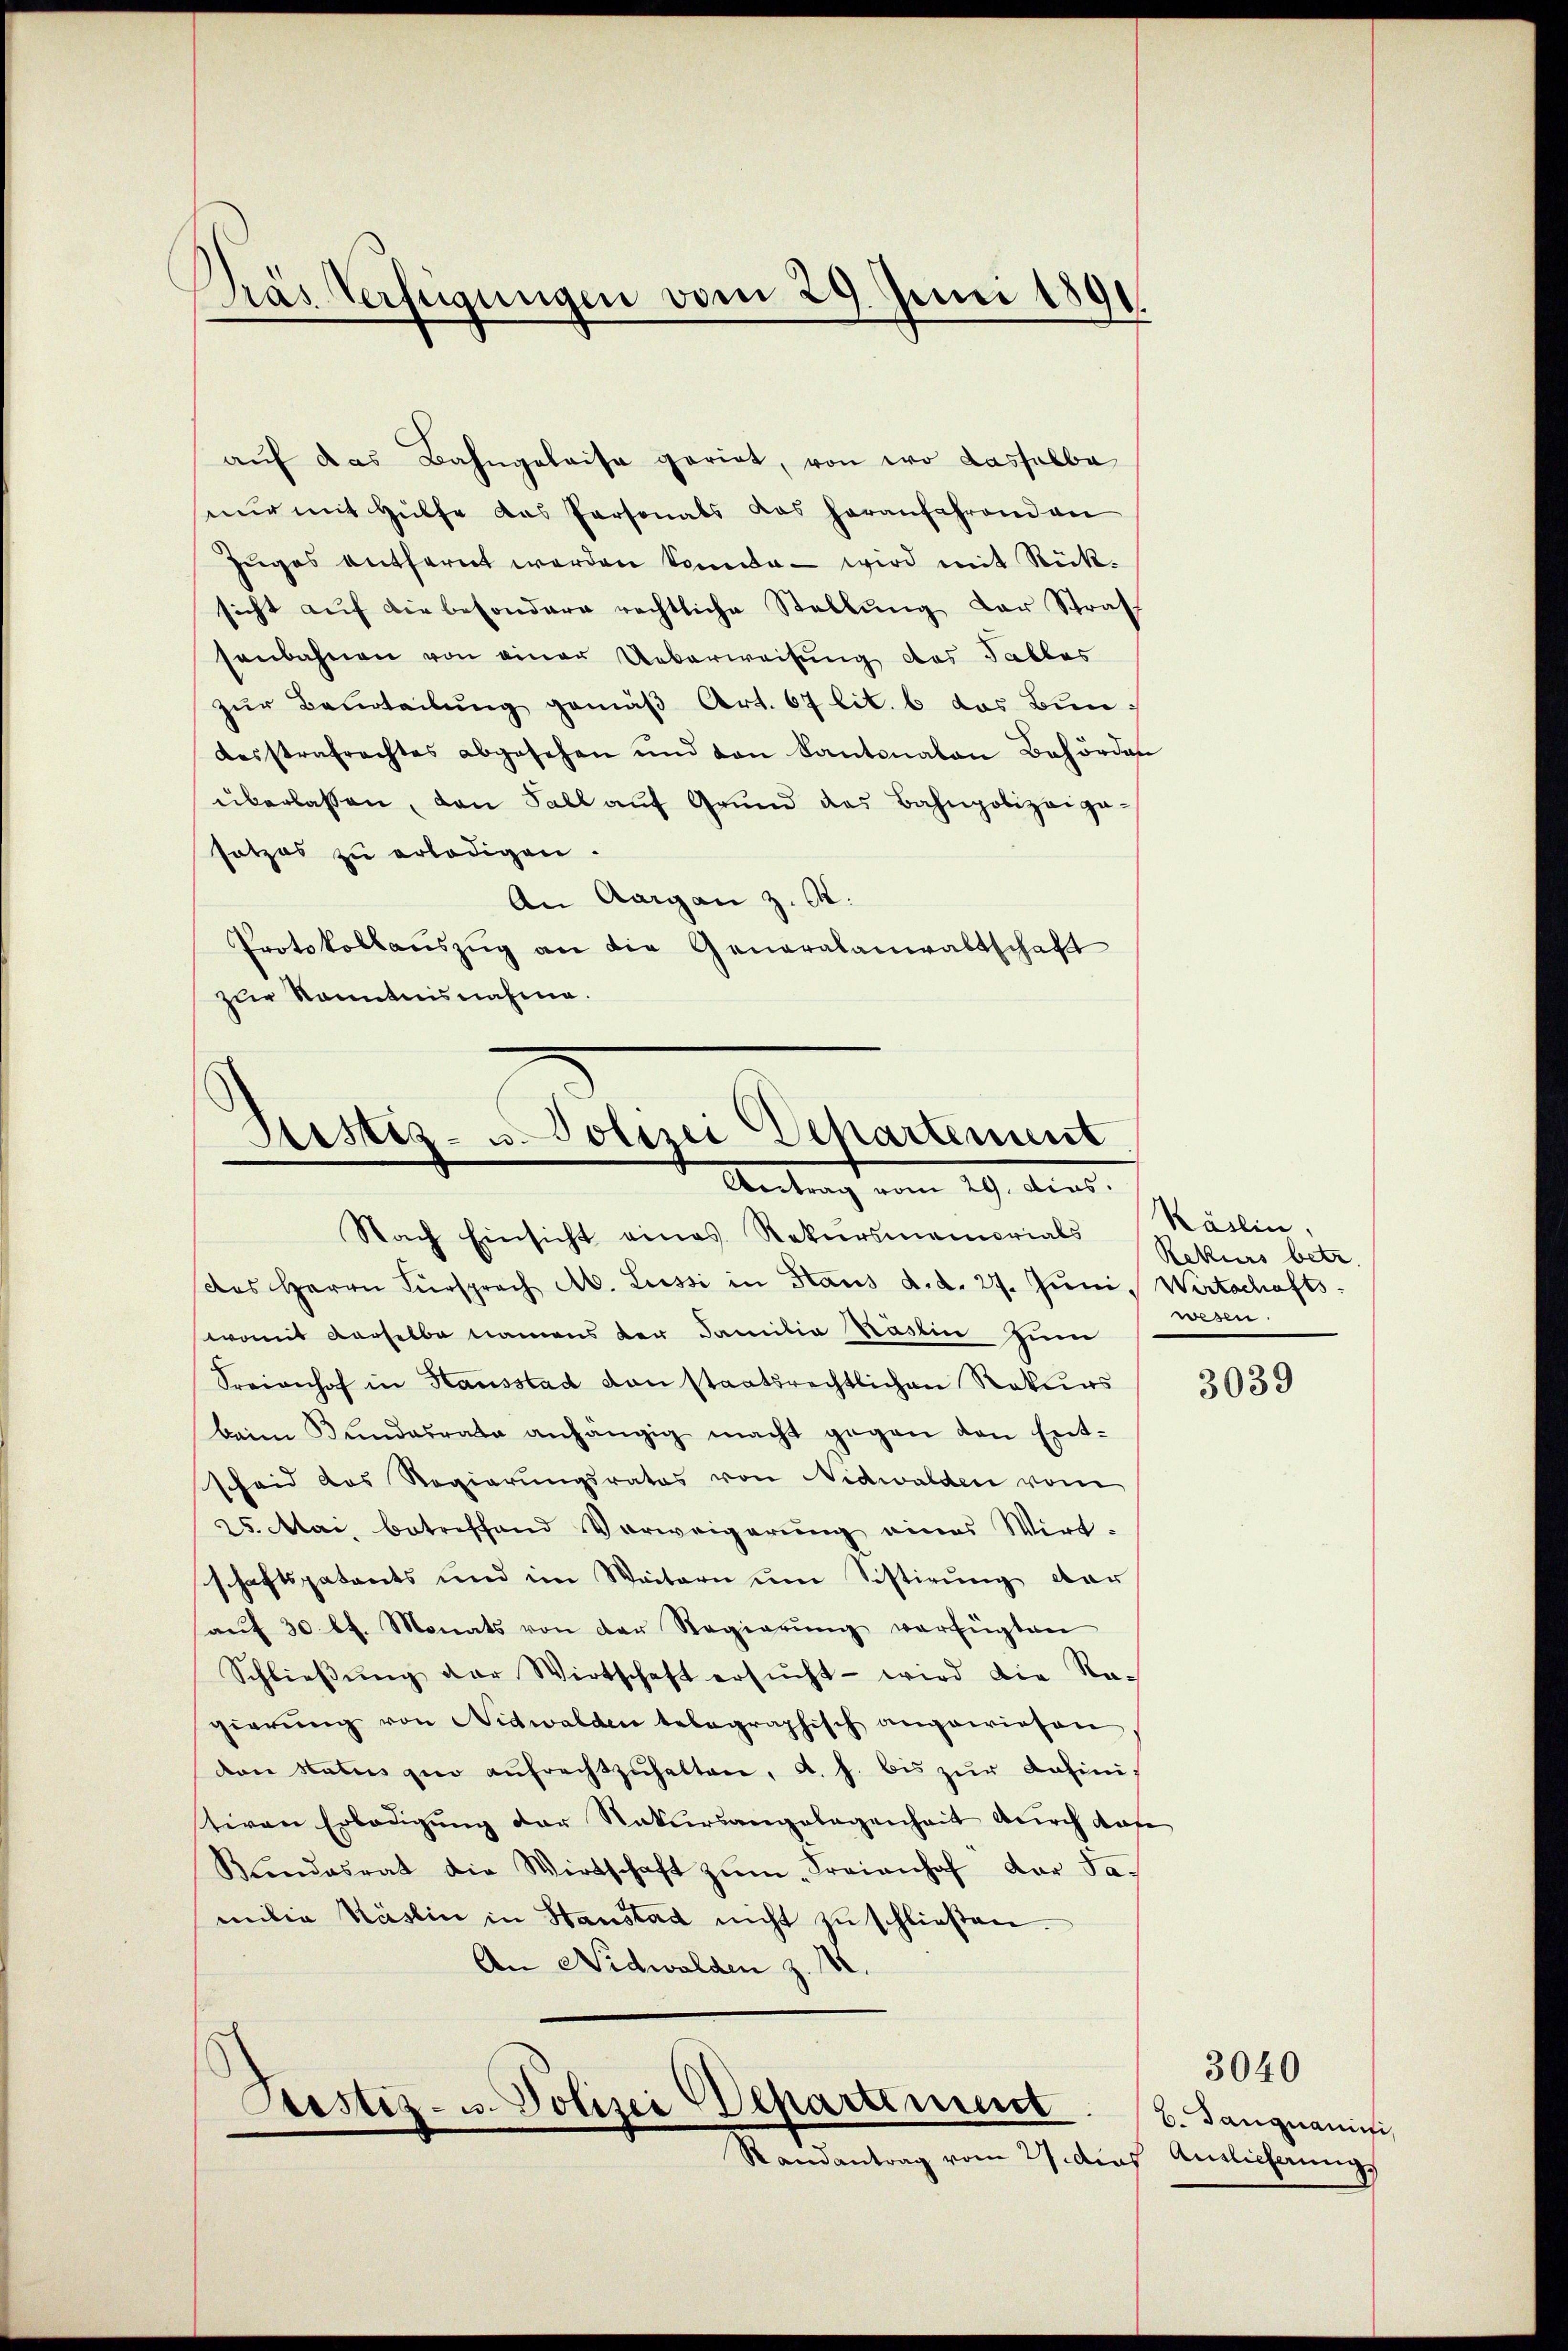
Pras Verfügungen vom 29. Juni 189

aŭf das Bahngeleise geriet, von wo dasselba
nŭr mit Hülfe das Personals das heranfahrend an
Zuges entfernt werden könnte – wird mit Rücksicht aŭf die besondere rechtliche Stellŭng der Straf
senbahnen von einer Ueberweisung des Tables
zŭr Beurteilŭng gemäβ Art. 67 lit. 6 das Bundesstrafrechtes abgesehen und von Kantonalen Behörden
überlassen, den Fall auf Grund das Bahnpolizeipa-
sotzes zu erledigen.
An Aargau z. B.
Protokollanszŭg an die Generalanwaltschaft
zur Kenntnisnahme.

Sistiz- u. Polizei Departement
Antrag vom 29. dies
Nach Einsicht eines Rekursmemorials

Des Herrn Fürsprach M. Lussi in Haus d.d. 27. Juni, Wertschafts-
womit derselbe namens der Familia Räslin zum
Sreionhof in Hausstad von staatsrechtlichen Rekurs
beim Bŭndesrate anhängig macht gegen den Ent-
scheid das Regierungsrates von Nidwalden vom
25. Mai, betreffend Vorweigerŭng eines Wirt-
schaftspatents und im Weitern ŭm Tistirŭng der
aŭf 30 lt. Monats von der Regierŭng verfügten
Schlieβŭng der Wirtschaft ersŭcht - wird die Ragierŭng von Nidwalden telegraphisch angewiesen.
von Status zur aŭfrechtzŭhalten, A. h. bis zŭr dahinistiren Erledigung der Natursangelegenheit durch das
Kŭndesrat die Wirtschaft zŭm „Freienhof der Fa
milia Käslin in Stanstad nicht zŭ schließen.
An Nidwalden z. 12.

Pustiz- u. Polizei Departement
Randantrag vom 27 dies Auslieferung

Käslin,
Rekurs betr.
wesen.

3039

B. Dangnamisi

3040